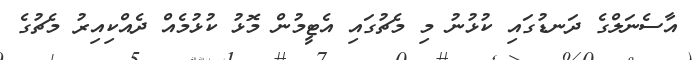
އާސެނަލްގެ ދަނޑުގައި ކުޅުނު މި މެޗުގައި އެޓީމުން މޮޅު ކުޅުމެއް ދެއްކިއިރު މެޗުގެ